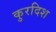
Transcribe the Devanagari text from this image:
कुरदिश